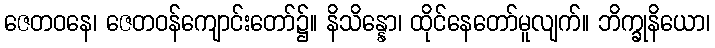
ဇေတဝနေ၊ ဇေတဝန်ကျောင်းတော်၌။ နိသိန္နော၊ ထိုင်နေတော်မူလျက်။ ဘိက္ခုနိယော၊